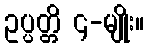
ဥပ္ပတ္တိ ၄-မျိုး။